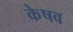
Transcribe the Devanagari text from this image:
केषव